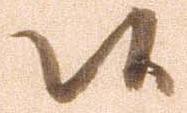
候